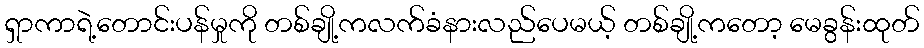
ရှာကာရဲ့တောင်းပန်မှုကို တစ်ချို့ကလက်ခံနားလည်ပေမယ့် တစ်ချို့ကတော့ မေခွန်းထုတ်